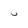
Character: U